画像に写った文字を読んでください
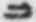
「ニ」と書いてあります